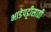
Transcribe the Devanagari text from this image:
भाडेपट्टीसाठी